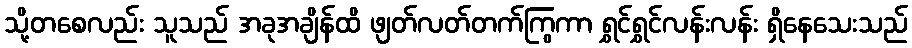
သို့တစေလည်း သူသည် အခုအချိန်ထိ ဖျတ်လတ်တက်ကြွကာ ရွှင်ရွှင်လန်းလန်း ရှိနေသေးသည်